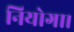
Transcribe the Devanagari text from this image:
नियोगा।